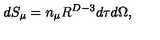
d S _ { \mu } = n _ { \mu } R ^ { D - 3 } d \tau d \Omega ,